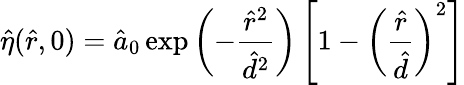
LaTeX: \hat{\eta}(\hat{r},0)=\hat{a}_{0}\exp\left(-\frac{\hat{r}^{2}}{\hat{d}^{2}}\right)\left[1-\left(\frac{\hat{r}}{\hat{d}}\right)^{2}\right]